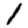
Digit: 1